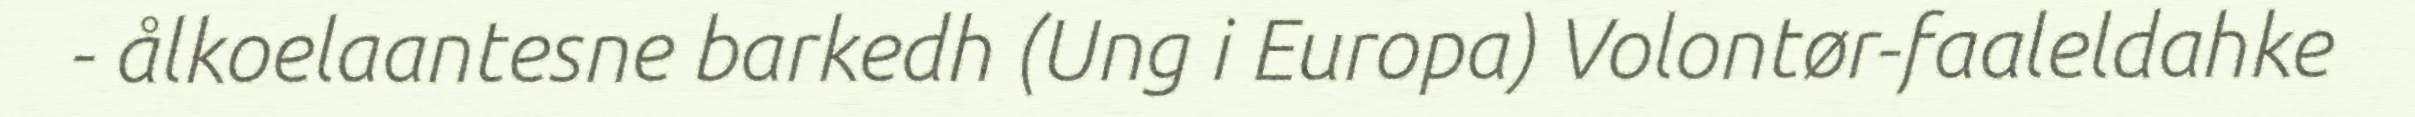
- ålkoelaantesne barkedh (Ung i Europa) Volontør-faaleldahke